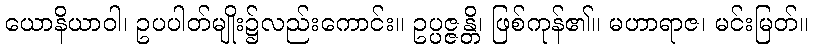
ယောနိယာဝါ၊ ဥပပါတ်မျိုး၌လည်းကောင်း။ ဥပ္ပဇ္ဇန္တိ၊ ဖြစ်ကုန်၏။ မဟာရာဇ၊ မင်းမြတ်။